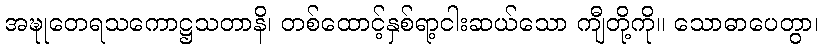
အဍ္ဎုတေရသကောဋ္ဌသတာနိ၊ တစ်ထောင့်နှစ်ရာ့ငါးဆယ်သော ကျီတို့ကို။ သောဓာပေတွာ၊